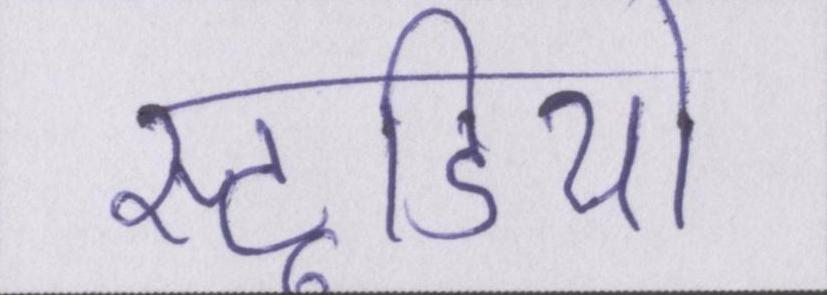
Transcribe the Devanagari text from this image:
स्टूडियो